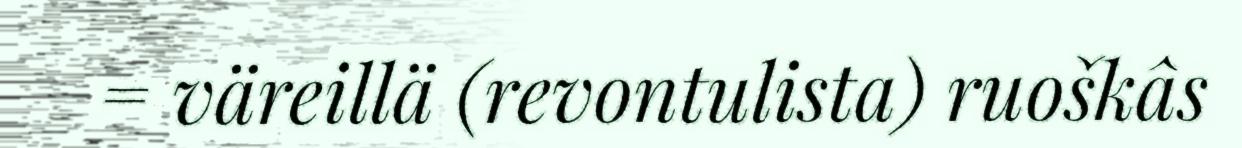
= väreillä (revontulista) ruoškâs